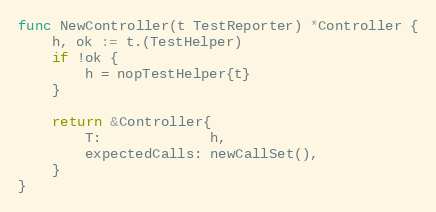
Language: Go
func NewController(t TestReporter) *Controller {
	h, ok := t.(TestHelper)
	if !ok {
		h = nopTestHelper{t}
	}

	return &Controller{
		T:             h,
		expectedCalls: newCallSet(),
	}
}